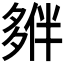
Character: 𡖱